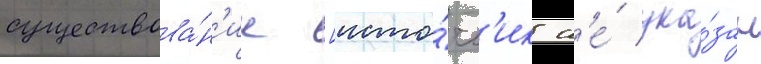
существова́н'ие [исто́чн'ик н'е́ ука́зан